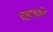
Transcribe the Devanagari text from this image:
दहाइयों